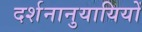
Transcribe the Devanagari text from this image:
दर्शनानुयायियों